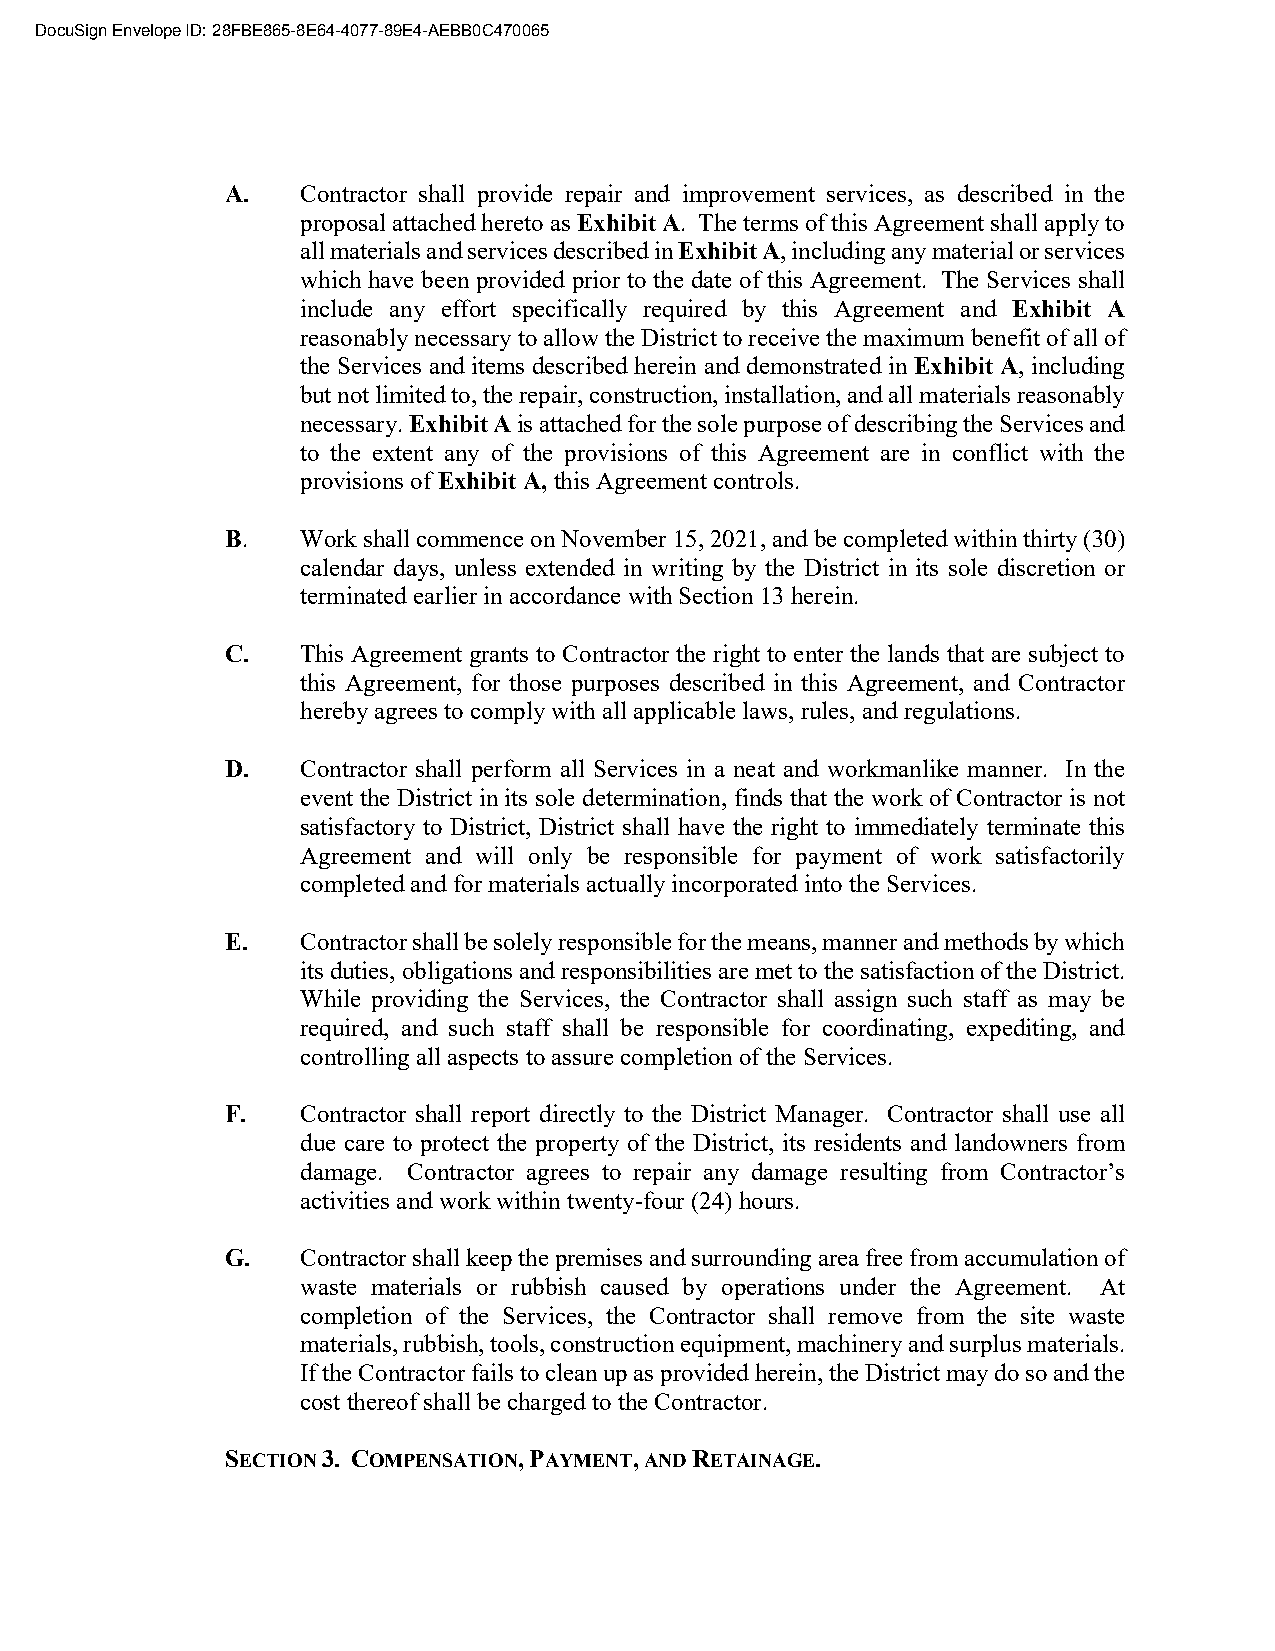
DocuSign Envelope ID: 28FBE865-8E64-4077-89E4-AEBB0C470065
 A.   Contractor shall provide repair and improvement services, as described in the
 proposal attached hereto as Exhibit A. The terms of this Agreement shall apply to
 all materials and services described in Exhibit A, including any material or services
 which have been provided prior to the date of this Agreement. The Services shall
 include any effort specifically required by this Agreement and Exhibit A
 reasonably necessary to allow the District to receive the maximum benefit of all of
 the Services and items described herein and demonstrated in Exhibit A, including
 but not limited to, the repair, construction, installation, and all materials reasonably
 necessary. Exhibit A is attached for the sole purpose of describing the Services and
 to the extent any of the provisions of this Agreement are in conflict with the
 provisions of Exhibit A, this Agreement controls.
 B.   Work shall commence on November 15, 2021, and be completed within thirty (30)
 calendar days, unless extended in writing by the District in its sole discretion or
 terminated earlier in accordance with Section 13 herein.
 C.   This Agreement grants to Contractor the right to enter the lands that are subject to
 this Agreement, for those purposes described in this Agreement, and Contractor
 hereby agrees to comply with all applicable laws, rules, and regulations.
 D.   Contractor shall perform all Services in a neat and workmanlike manner. In the
 event the District in its sole determination, finds that the work of Contractor is not
 satisfactory to District, District shall have the right to immediately terminate this
 Agreement and will only be responsible for payment of work satisfactorily
 completed and for materials actually incorporated into the Services.
 E.   Contractor shall be solely responsible for the means, manner and methods by which
 its duties, obligations and responsibilities are met to the satisfaction of the District.
 While providing the Services, the Contractor shall assign such staff as may be
 required, and such staff shall be responsible for coordinating, expediting, and
 controlling all aspects to assure completion of the Services.
 F.   Contractor shall report directly to the District Manager. Contractor shall use all
 due care to protect the property of the District, its residents and landowners from
 damage. Contractor agrees to repair any damage resulting from Contractor’s
 activities and work within twenty-four (24) hours.
 G.   Contractor shall keep the premises and surrounding area free from accumulation of
 waste materials or rubbish caused by operations under the Agreement. At
 completion of the Services, the Contractor shall remove from the site waste
 materials, rubbish, tools, construction equipment, machinery and surplus materials.
 If the Contractor fails to clean up as provided herein, the District may do so and the
 cost thereof shall be charged to the Contractor.
 SECTION 3. COMPENSATION, PAYMENT, AND RETAINAGE.